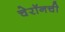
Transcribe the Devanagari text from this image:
चेरॉनची